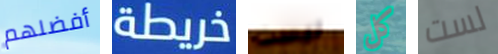
أفضلهم خريطة ليست كل لست